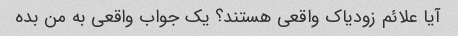
آیا علائم زودیاک واقعی هستند؟ یک جواب واقعی به من بده